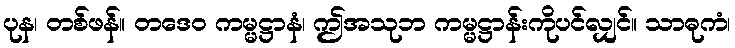
ပုန၊ တစ်ဖန်။ တဒေဝ ကမ္မဋ္ဌာနံ၊ ဤအသုဘ ကမ္မဋ္ဌာန်းကိုပင်လျှင်။ သာဓုကံ၊